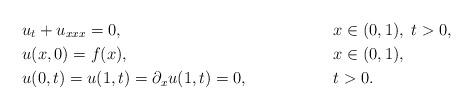
LaTeX: \begin{align*}&u_t+u_{xxx}=0,&&x\in(0,1), \;t>0, \\&u(x,0)=f(x),&&x\in(0,1),\;\\&u(0,t)=u(1,t)=\partial_xu(1,t)=0,\qquad&& t>0.\end{align*}